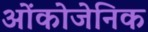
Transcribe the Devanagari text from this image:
ओंकोजेनिक